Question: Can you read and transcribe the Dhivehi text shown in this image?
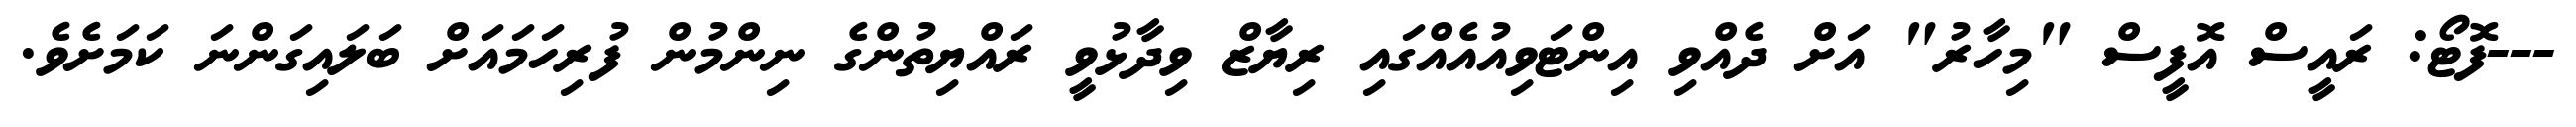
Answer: ---ފޮޓޯ: ރައީސް އޮފީސް "މިހާރު" އަށް ދެއްވި އިންޓަވިއުއެއްގައި ރިޔާޒް ވިދާޅުވީ ރައްޔިތުންގެ ނިންމުން ފުރިހަމައަށް ބަލައިގަންނަ ކަމަށެވެ.